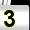
Digit: 3